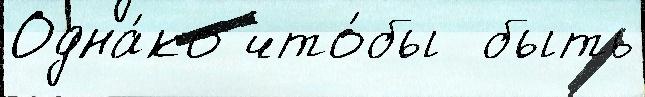
Одна́ко что́бы  быть